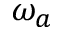
\omega _ { a }